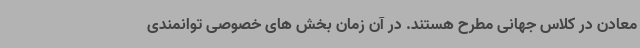
معادن در کلاس جهانی مطرح هستند. در آن زمان بخش های خصوصی توانمندی